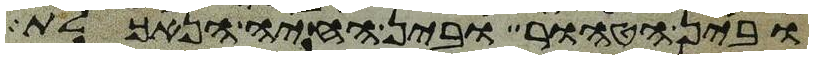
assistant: ובין הטהור ובין החיה הנאכלת